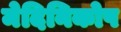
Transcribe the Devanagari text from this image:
मेदिनिकोष